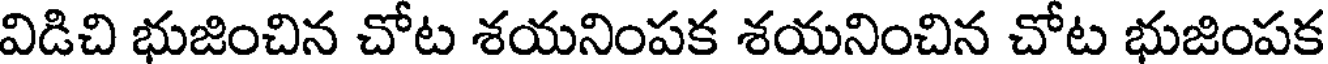
విడిచి భుజించిన చోట శయనింపక శయనించిన చోట భుజింపక